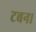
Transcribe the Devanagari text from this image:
टबन।